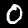
Label: 0